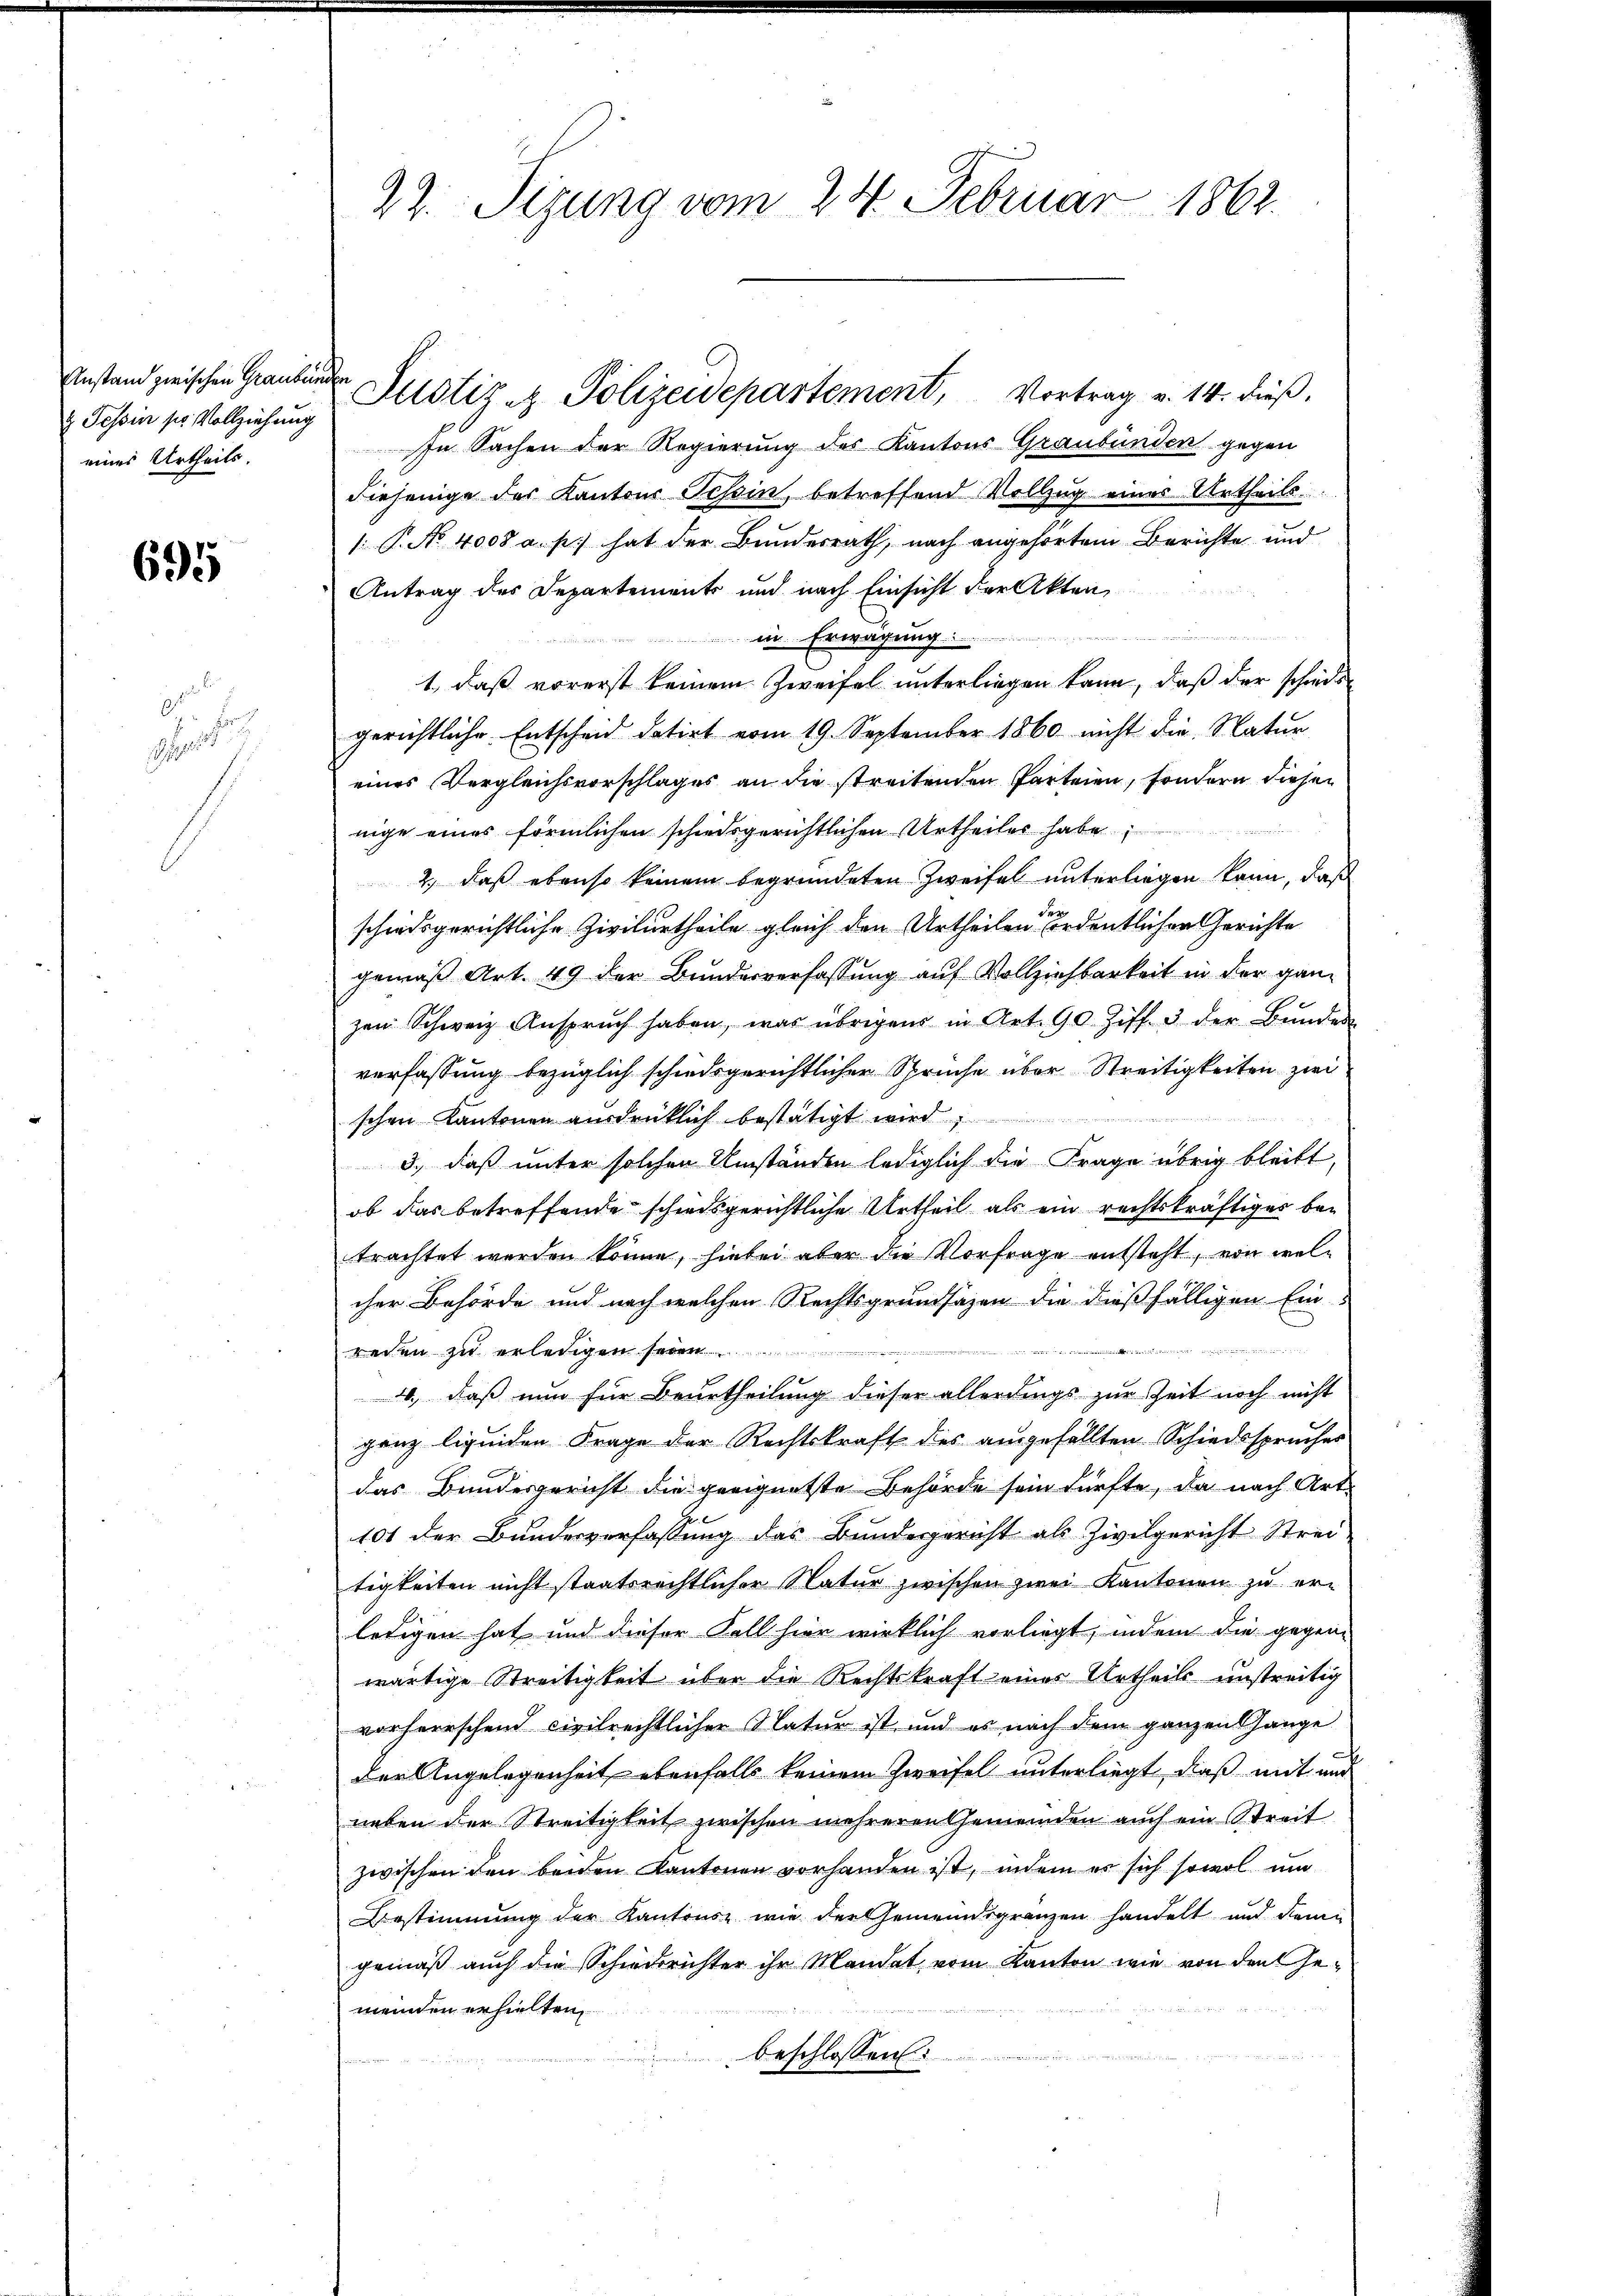
Anstand zwischen Graubünden
& Tessin sr Vollziehung
eines Urtheils.

695

1
r

22. Sizung vom 24. Februar 1862.

In Sachen der Regierung des Kantons Graubünden gegen
diejenige der Kantons Tessin, betreffend Vollzug eines Urtheils
1. P. No 4008 a. p.) hat der Bundesrath, nach angehörtem Berichte und
Antrag des Departements und nach Einsicht der Akten,
in. Erwägung
1., daß vorerst keinem Zweifel unterliegen kann, daß der schiedsgerichtliche Entscheid datirt vom 19. September 1860 nicht die Natur
eines Vergleichsvorschlages an die streitenden Parteien, sondern diesen
nige eines förmlichen schiedsgerichtlichen Urtheiler habe
2.) daß ebenso keinem begründeten Zweifel unterliegen kann, daß
schiedsgerichtliche Zivilurtheile gleich den Urtheilen ordentlichen Gerichte
gemäß Art. 49 der Bundesverfassung auf Vollziehbarkeit in der ganz
zen Schwarz Ansprŭch haben, war übrigens in Art. 90 Ziff. 3 der Bŭnden
verfassung bezüglich schiedsgerichtlicher Spruche über Streitigkeiten zwei
schen Kantonen ausdrücklich bestätigt wird
3.) daß unter solchen Umständen lediglich die Frage übrig bleibt,
ob das betreffende schiedsgerichtliche Urtheil als ein rechtskräftiges betrachtet werden könne, hiebei aber die Vorfrage entsteht, von welcher Behörde und nach welchen Rechtsgrundsätzen die dießfälligen Ein-
a er denn es war es ihre 1841 et der ein
rechen zu erledigen seien
4., daß nun für Beurtheilung dieser allerdings zur Zeit noch nicht
ganz liquiden Frage der Rechtskraft des ausgefällten Schiedssprücher
das Bundesgericht die geeignetste Behörde sein dürfte, da nach Art.
101 der Bundesverfassung das Bundesgericht als Zivilgericht Strei-
tigkeiten nicht staatsrechtlicher Natur zwischen zwei Kantonen zu er-
ledigen hat und dieser Fall hier wirklich vorliegt, indem die gegen-
wärtige Streitigkeit über die Rechtskraft eines Urtheils unstreitig
vorherrschend civilrechtlicher Natur ist und es nach dem ganzen hange
der Angelegenheit ebenfalls keinem Zweifel unterliegt, dieß mit und
neben der Streitigkeit zwischen mehreren Gemeinden auch ein Streit
zwischen den beiden Kantonen vorhanden ist, indem es sich sowol um
Bestimmung der Kantons, wie der Gemeindsgrenzen handelt und dem
gemäß auch die Schiederichter ihn Mandat vom Kanton wie von den Gemeinden erhielten,
beschlossen:

Justiz & Polizeidepartement, Vortrag v. 14. dieß.